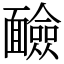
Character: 䩎